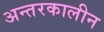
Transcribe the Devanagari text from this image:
अन्तरकालीन